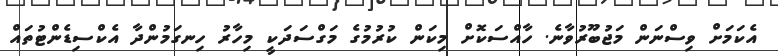
އެކަމަށް ވިސްނަން މަޖުބޫރުވާނެ. ހާއްސަކޮށް މިކަން ކުރުމުގެ މަގްސަދަކީ މިހާރު ހިނގަމުންދާ އެކްސިޑެންޓުތައް